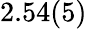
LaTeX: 2.54(5)